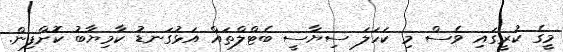
މީގެ ކުރީގައި ވެސް މި ކަހަލަ ސިޔާސީ ބެޓްލްތައް އަޅުގަނޑު ކާމިޔާބު ކޮށްފިން.